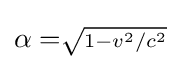
\alpha =\scriptstyle {\sqrt {1-v^{2}/c^{2}}}